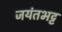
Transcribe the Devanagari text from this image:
जयंतभट्ट